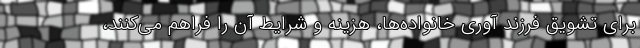
برای تشویق فرزند آوری خانواده‌ها، هزینه و شرایط آن را فراهم می‌کنند،